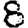
Digit: 8